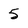
Character: 5